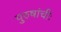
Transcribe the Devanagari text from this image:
पुरुषांचीः